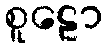
စူဠော